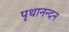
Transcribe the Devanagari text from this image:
पृथानन्दन